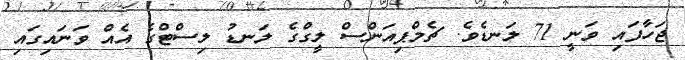
ޖަހާފައި ވަނީ 71 ލަނޑެވެ. ޗެމްޕިއަންސް ލީގްގެ ލަނޑު ލިސްޓްގެ އެއް ވަނައިގައި